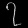
Digit: ၇